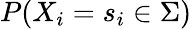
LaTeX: P(X_{i}=s_{i}\in\Sigma)